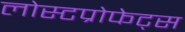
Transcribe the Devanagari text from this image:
लोस्टप्रोफेट्स